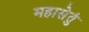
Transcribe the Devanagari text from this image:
महासेतुं